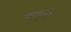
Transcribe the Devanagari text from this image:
बासूतो